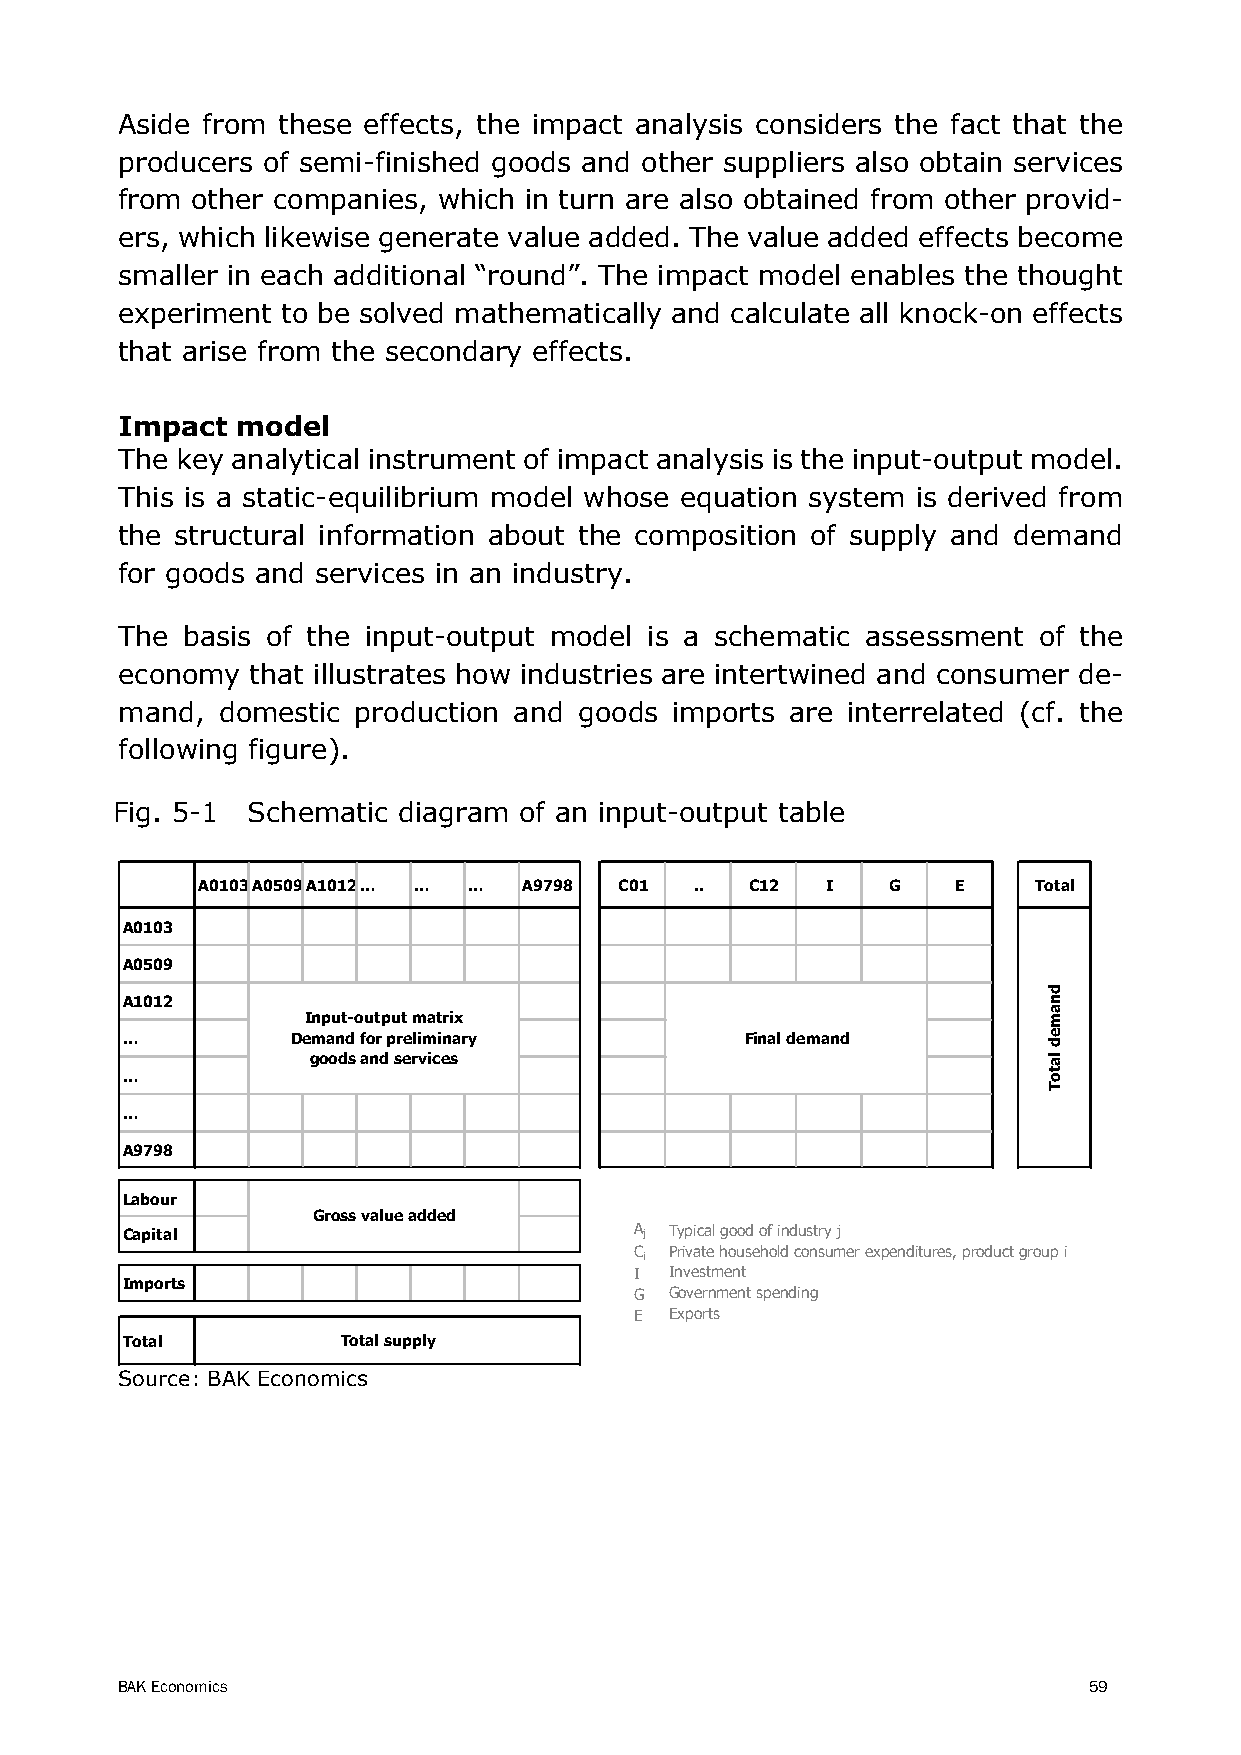
Aside from these effects, the impact analysis considers the fact that the
 producers of semi-finished goods and other suppliers also obtain services
 from other companies, which in turn are also obtained from other provid-
 ers, which likewise generate value added. The value added effects become
 smaller in each additional “round”. The impact model enables the thought
 experiment to be solved mathematically and calculate all knock-on effects
 that arise from the secondary effects.
 Impact  model
 The key analytical instrument of impact analysis is the input-output model.
 This is a static-equilibrium model whose equation system is derived from
 the structural information about the composition of supply and demand
 for goods and services in an industry.
 The basis of the input-output model is a schematic assessment of the
 economy  that illustrates how industries are intertwined and consumer de-
 mand, domestic production and goods imports are interrelated (cf. the
 following figure).
 Fig. 5-1 Schematic diagram of an input-output table
 A0103A0509A1012… … …  A9798 C01  ..  C12  I   G   E     Total
 A0103
 A0509
 A1012
 Input-output matrix
 …          Demand for preliminary        Final demand
 goods and services
 …
 …
 A9798
 Labour
 Gross value added
 Capital                           A j Typical good of industry j
 C Private household consumer expenditures, product group i
 i
 I Investment
 Imports
 G Government spending
 E Exports
 Total          Total supply
 Source: BAK Economics
 BAK Economics                                                   59
 dnamed
 latoT